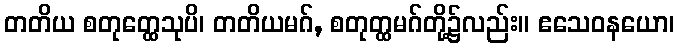
တတိယ စတုတ္ထေသုပိ၊ တတိယမဂ်, စတုတ္ထမဂ်တို့၌လည်း။ ဧသေဝနယော၊